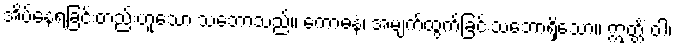
အိပ်နေရခြင်းတည်းဟူသော သဘောသည်။ ကောဓနံ၊ အမျက်ထွက်ခြင်းသဘောရှိသော။ ဣတ္တိံ ဝါ၊